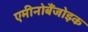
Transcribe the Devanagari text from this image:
एमीनोबैंजोइक